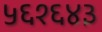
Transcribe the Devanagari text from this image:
५६१६४३